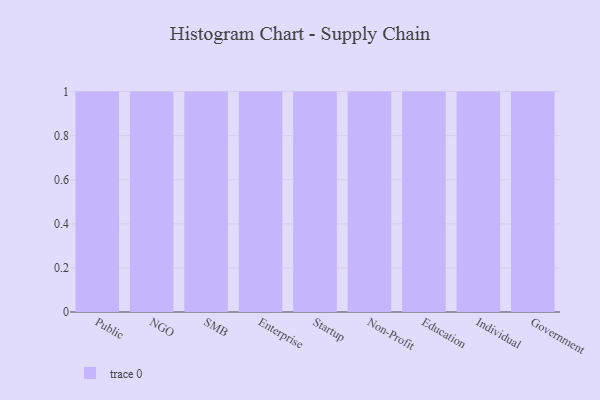
{"axis": {"x": "Segment", "y": "Active Users"}, "legend": [""], "data": [{"x": "Public", "y": 51, "type": ""}, {"x": "NGO", "y": 15, "type": ""}, {"x": "SMB", "y": 14, "type": ""}, {"x": "Enterprise", "y": 6, "type": ""}, {"x": "Startup", "y": 6, "type": ""}, {"x": "Non-Profit", "y": 11, "type": ""}, {"x": "Education", "y": 21, "type": ""}, {"x": "Individual", "y": 75, "type": ""}, {"x": "Government", "y": 44, "type": ""}]}